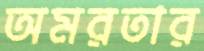
অমরতার